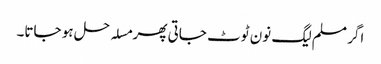
اگر مسلم لیگ نون ٹوٹ جاتی پھر مسلہ حل ہو جاتا۔